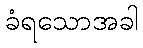
ခံရသောအခါ